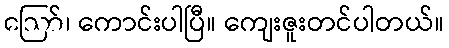
ဪ၊ ကောင်းပါပြီ။ ကျေးဇူးတင်ပါတယ်။